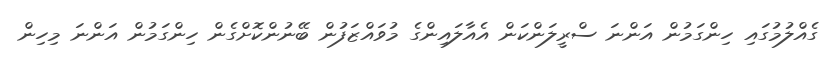
ގެއްލުމުގައި ހިންގަމުން އަންނަ ސްރީލަންކަން އެއާލައިންގެ މުވައްޒަފުން ބޭނުންކޮށްގެން ހިންގަމުން އަންނަ މިހިން